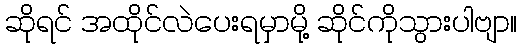
ဆိုရင် အထိုင်လဲပေးရမှာမို့ ဆိုင်ကိုသွားပါဗျာ။